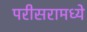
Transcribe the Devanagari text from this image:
परीसरामध्ये